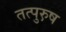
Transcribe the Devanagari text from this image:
तत्पुरु़ष